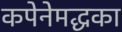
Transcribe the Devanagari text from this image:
कपेनेमद्धका